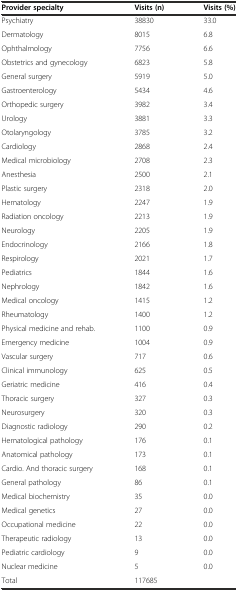
| Provider specialty | Visits (n) | Visits (%) |
 | --- | --- | --- |
 | Psychiatry | 38830 | 33.0 |
 | Dermatology | 8015 | 6.8 |
 | Ophthalmology | 7756 | 6.6 |
 | Obstetrics and gynecology | 6823 | 5.8 |
 | General surgery | 5919 | 5.0 |
 | Gastroenterology | 5434 | 4.6 |
 | Orthopedic surgery | 3982 | 3.4 |
 | Urology | 3881 | 3.3 |
 | Otolaryngology | 3785 | 3.2 |
 | Cardiology | 2868 | 2.4 |
 | Medical microbiology | 2708 | 2.3 |
 | Anesthesia | 2500 | 2.1 |
 | Plastic surgery | 2318 | 2.0 |
 | Hematology | 2247 | 1.9 |
 | Radiation oncology | 2213 | 1.9 |
 | Neurology | 2205 | 1.9 |
 | Endocrinology | 2166 | 1.8 |
 | Respirology | 2021 | 1.7 |
 | Pediatrics | 1844 | 1.6 |
 | Nephrology | 1842 | 1.6 |
 | Medical oncology | 1415 | 1.2 |
 | Rheumatology | 1400 | 1.2 |
 | Physical medicine and rehab. | 1100 | 0.9 |
 | Emergency medicine | 1004 | 0.9 |
 | Vascular surgery | 717 | 0.6 |
 | Clinical immunology | 625 | 0.5 |
 | Geriatric medicine | 416 | 0.4 |
 | Thoracic surgery | 327 | 0.3 |
 | Neurosurgery | 320 | 0.3 |
 | Diagnostic radiology | 290 | 0.2 |
 | Hematological pathology | 176 | 0.1 |
 | Anatomical pathology | 173 | 0.1 |
 | Cardio. And thoracic surgery | 168 | 0.1 |
 | General pathology | 86 | 0.1 |
 | Medical biochemistry | 35 | 0.0 |
 | Medical genetics | 27 | 0.0 |
 | Occupational medicine | 22 | 0.0 |
 | Therapeutic radiology | 13 | 0.0 |
 | Pediatric cardiology | 9 | 0.0 |
 | Nuclear medicine | 5 | 0.0 |
 | Total | 117685 |  |